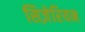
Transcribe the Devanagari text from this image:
सिज़ेरियन